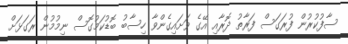
ސާފުކުރުން ފުރަގަސް ފަރާތު ދޮރާއި އޭގެ ވަށައިގެންވާ ހިސާބު ބޮޑުކަމުގޮސް ނިމުމުން ރަގަޅަށް